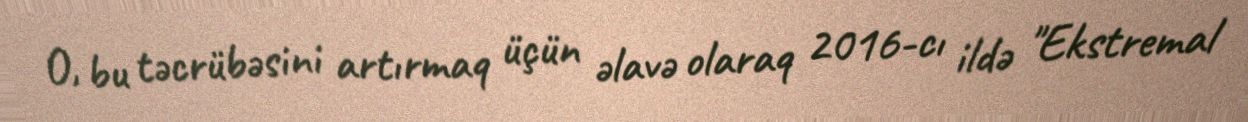
O, bu təcrübəsini artırmaq üçün əlavə olaraq 2016-cı ildə "Ekstremal